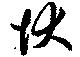
状